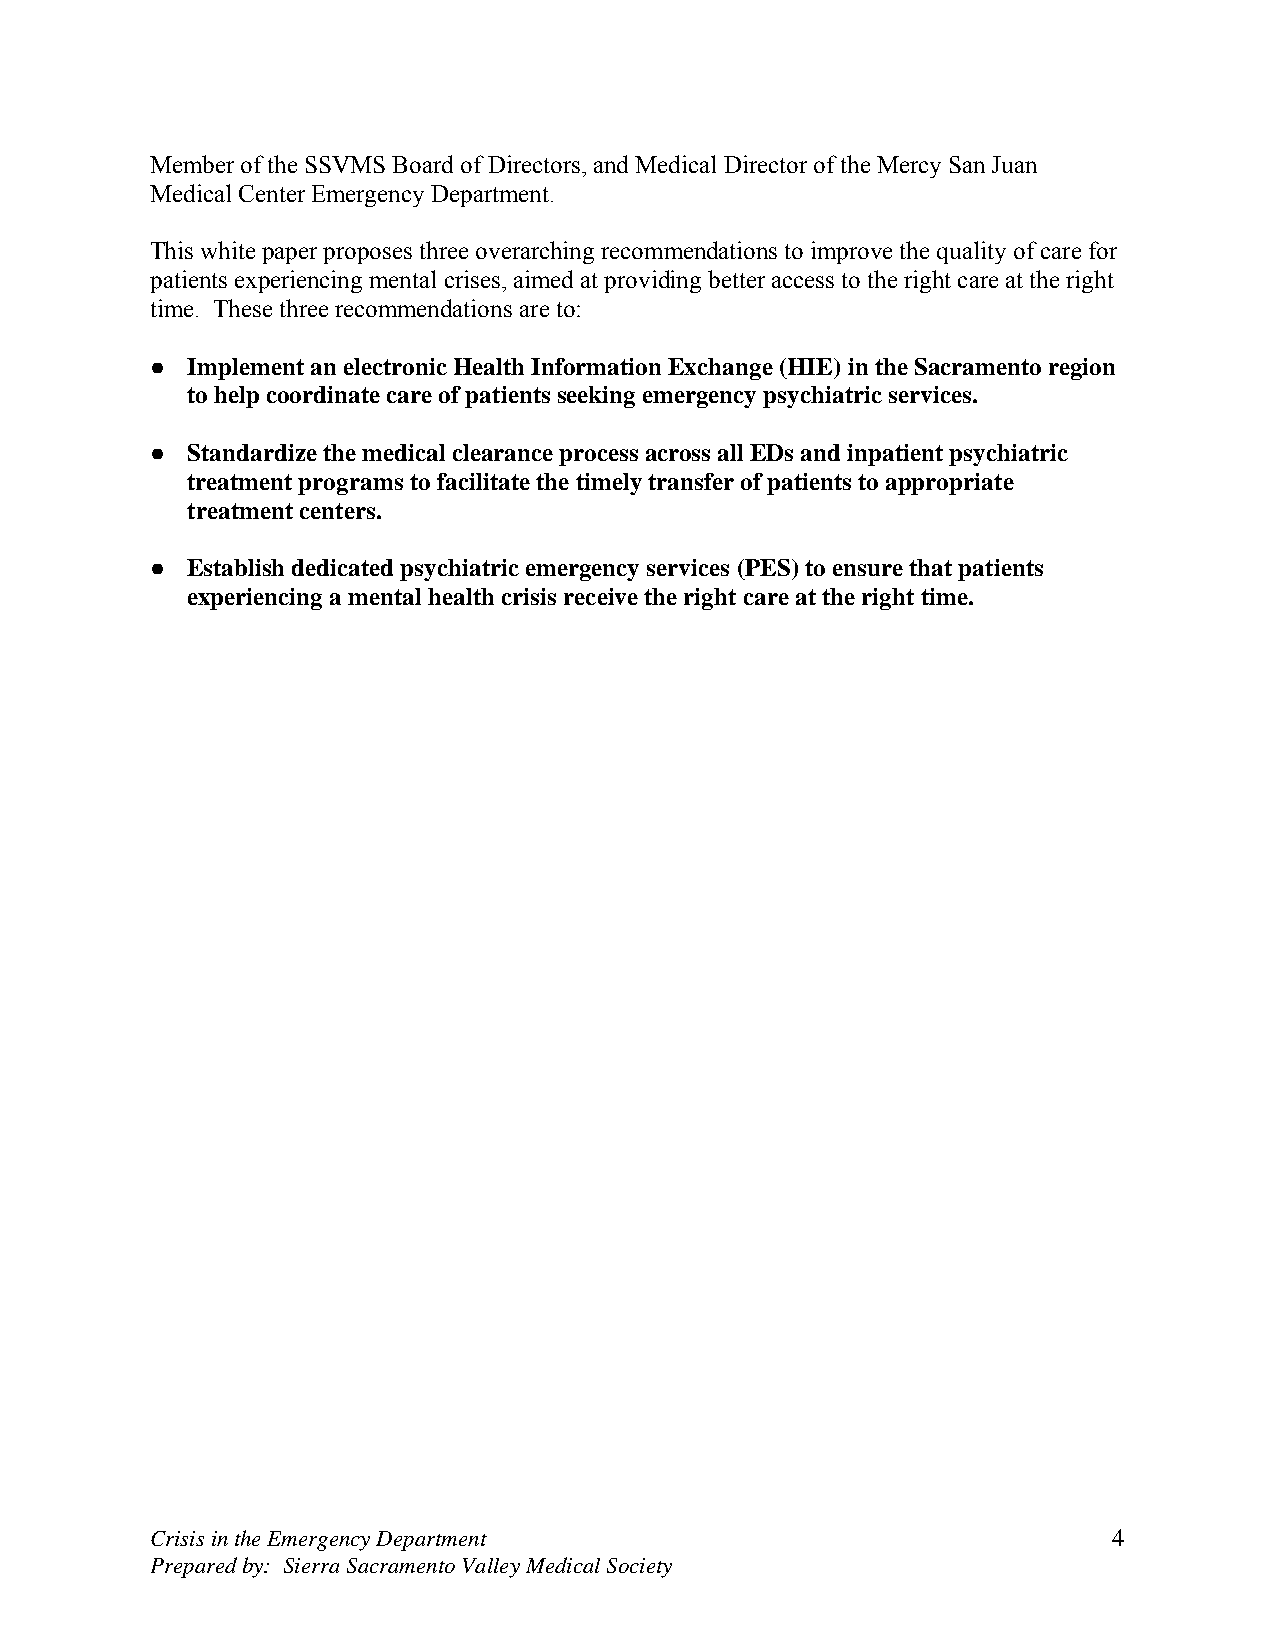
Member of the SSVMS Board of Directors, and Medical Director of the Mercy San Juan
 Medical Center Emergency Department.
 This white paper proposes three overarching recommendations to improve the quality of care for
 patients experiencing mental crises, aimed at providing better access to the right care at the right
 time. These three recommendations are to:
 ● Implement an electronic Health Information Exchange (HIE) in the Sacramento region
 to help coordinate care of patients seeking emergency psychiatric services.
 ● Standardize the medical clearance process across all EDs and inpatient psychiatric
 treatment programs to facilitate the timely transfer of patients to appropriate
 treatment centers.
 ● Establish dedicated psychiatric emergency services (PES) to ensure that patients
 experiencing a mental health crisis receive the right care at the right time.
 Crisis in the Emergency Department                              4
 Prepared by: Sierra Sacramento Valley Medical Society